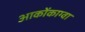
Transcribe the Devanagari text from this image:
आकोंकाग्वा